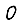
Digit: 0